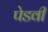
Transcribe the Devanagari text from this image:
पेडवी